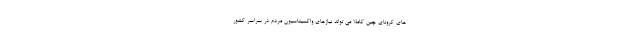
های کرونای چین کاملاً می تواند نیازهای واکسیناسیون مردم در سراسر کشور